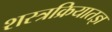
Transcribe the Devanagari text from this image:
शस्त्रक्रियातज्ञ